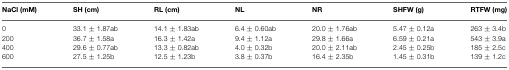
| NaCl (mM) | SH (cm) | RL (cm) | NL | NR | SHFW (g) | RTFW (mg) |
 | --- | --- | --- | --- | --- | --- | --- |
 | 0 | 33.1 ± 1.87ab | 14.1 ± 1.83ab | 6.4 ± 0.60ab | 20.0 ± 1.76ab | 5.47 ± 0.12a | 263 ± 3.4b |
 | 200 | 36.7 ± 1.58a | 16.3 ± 1.42a | 9.4 ± 1.12a | 29.8 ± 1.66a | 6.59 ± 0.21a | 543 ± 3.9a |
 | 400 | 29.6 ± 0.77ab | 13.3 ± 0.82ab | 4.0 ± 0.32b | 20.0 ± 2.11ab | 2.45 ± 0.25b | 185 ± 2.5c |
 | 600 | 27.5 ± 1.25b | 12.5 ± 1.23b | 3.8 ± 0.37b | 16.4 ± 2.35b | 1.45 ± 0.31b | 139 ± 1.2c |